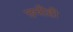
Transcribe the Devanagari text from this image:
छत्रीही